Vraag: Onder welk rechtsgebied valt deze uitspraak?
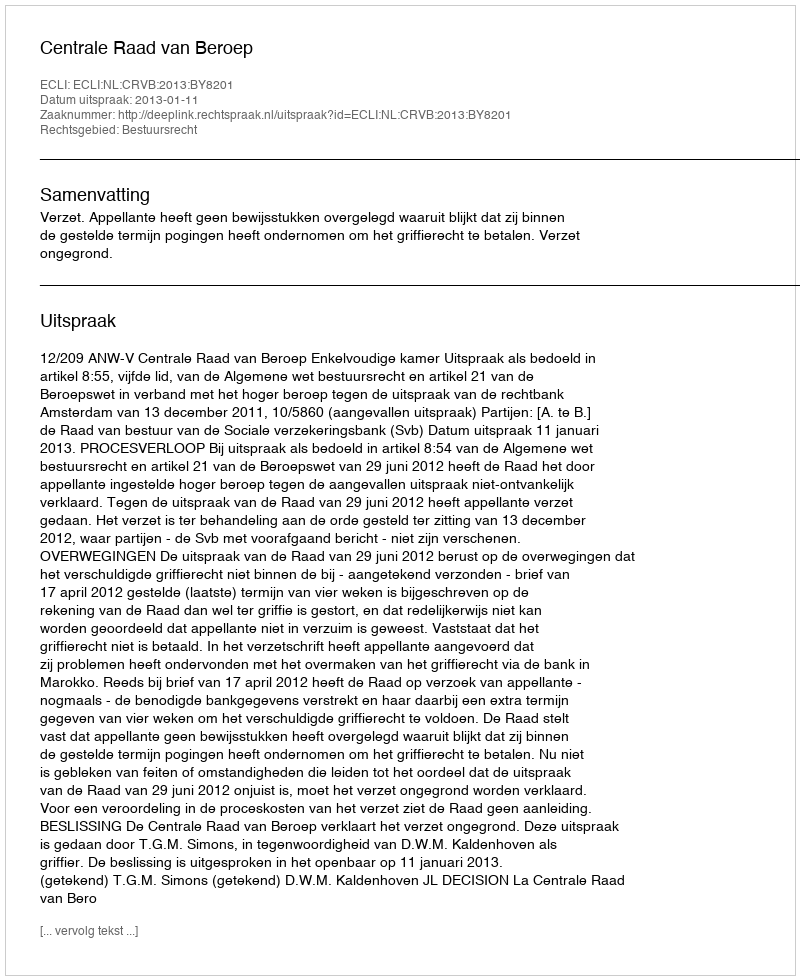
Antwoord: Bestuursrecht